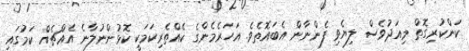
ކަންކުރިގޮތް މިއަދުވެސް ލިޔެވި ފެންނާން އެބައޮތެވެ. އަހަރެމެންގެ ކެއްތެރިކަމަކީ ކޮޅުންނުލާނެ އެއްޗެއް ކަމުގައި